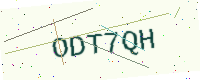
Text: ODT7QH